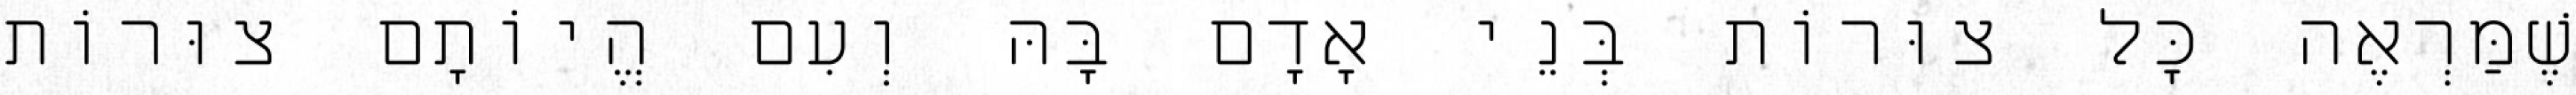
שֶׁמַּרְאֶה כׇּל צוּרוֹת בְּנֵי אָדָם בָּהּ וְעִם הֱיוֹתָם צוּרוֹת